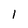
Character: l